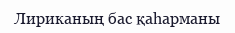
Лириканың бас қаһарманы